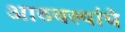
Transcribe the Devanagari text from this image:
आठवल्यांचे